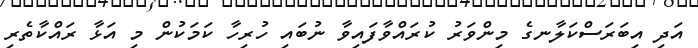
އަދި އިބަރަސްކަލާނގެ މިންވަރު ކުރައްވާފައިވާ ނުބައި ހުރިހާ ކަމަކުން މި އަޅާ ރައްކާތެރި